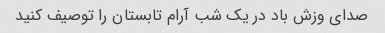
صدای وزش باد در یک شب آرام تابستان را توصیف کنید